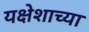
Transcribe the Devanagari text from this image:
यक्षेशाच्या